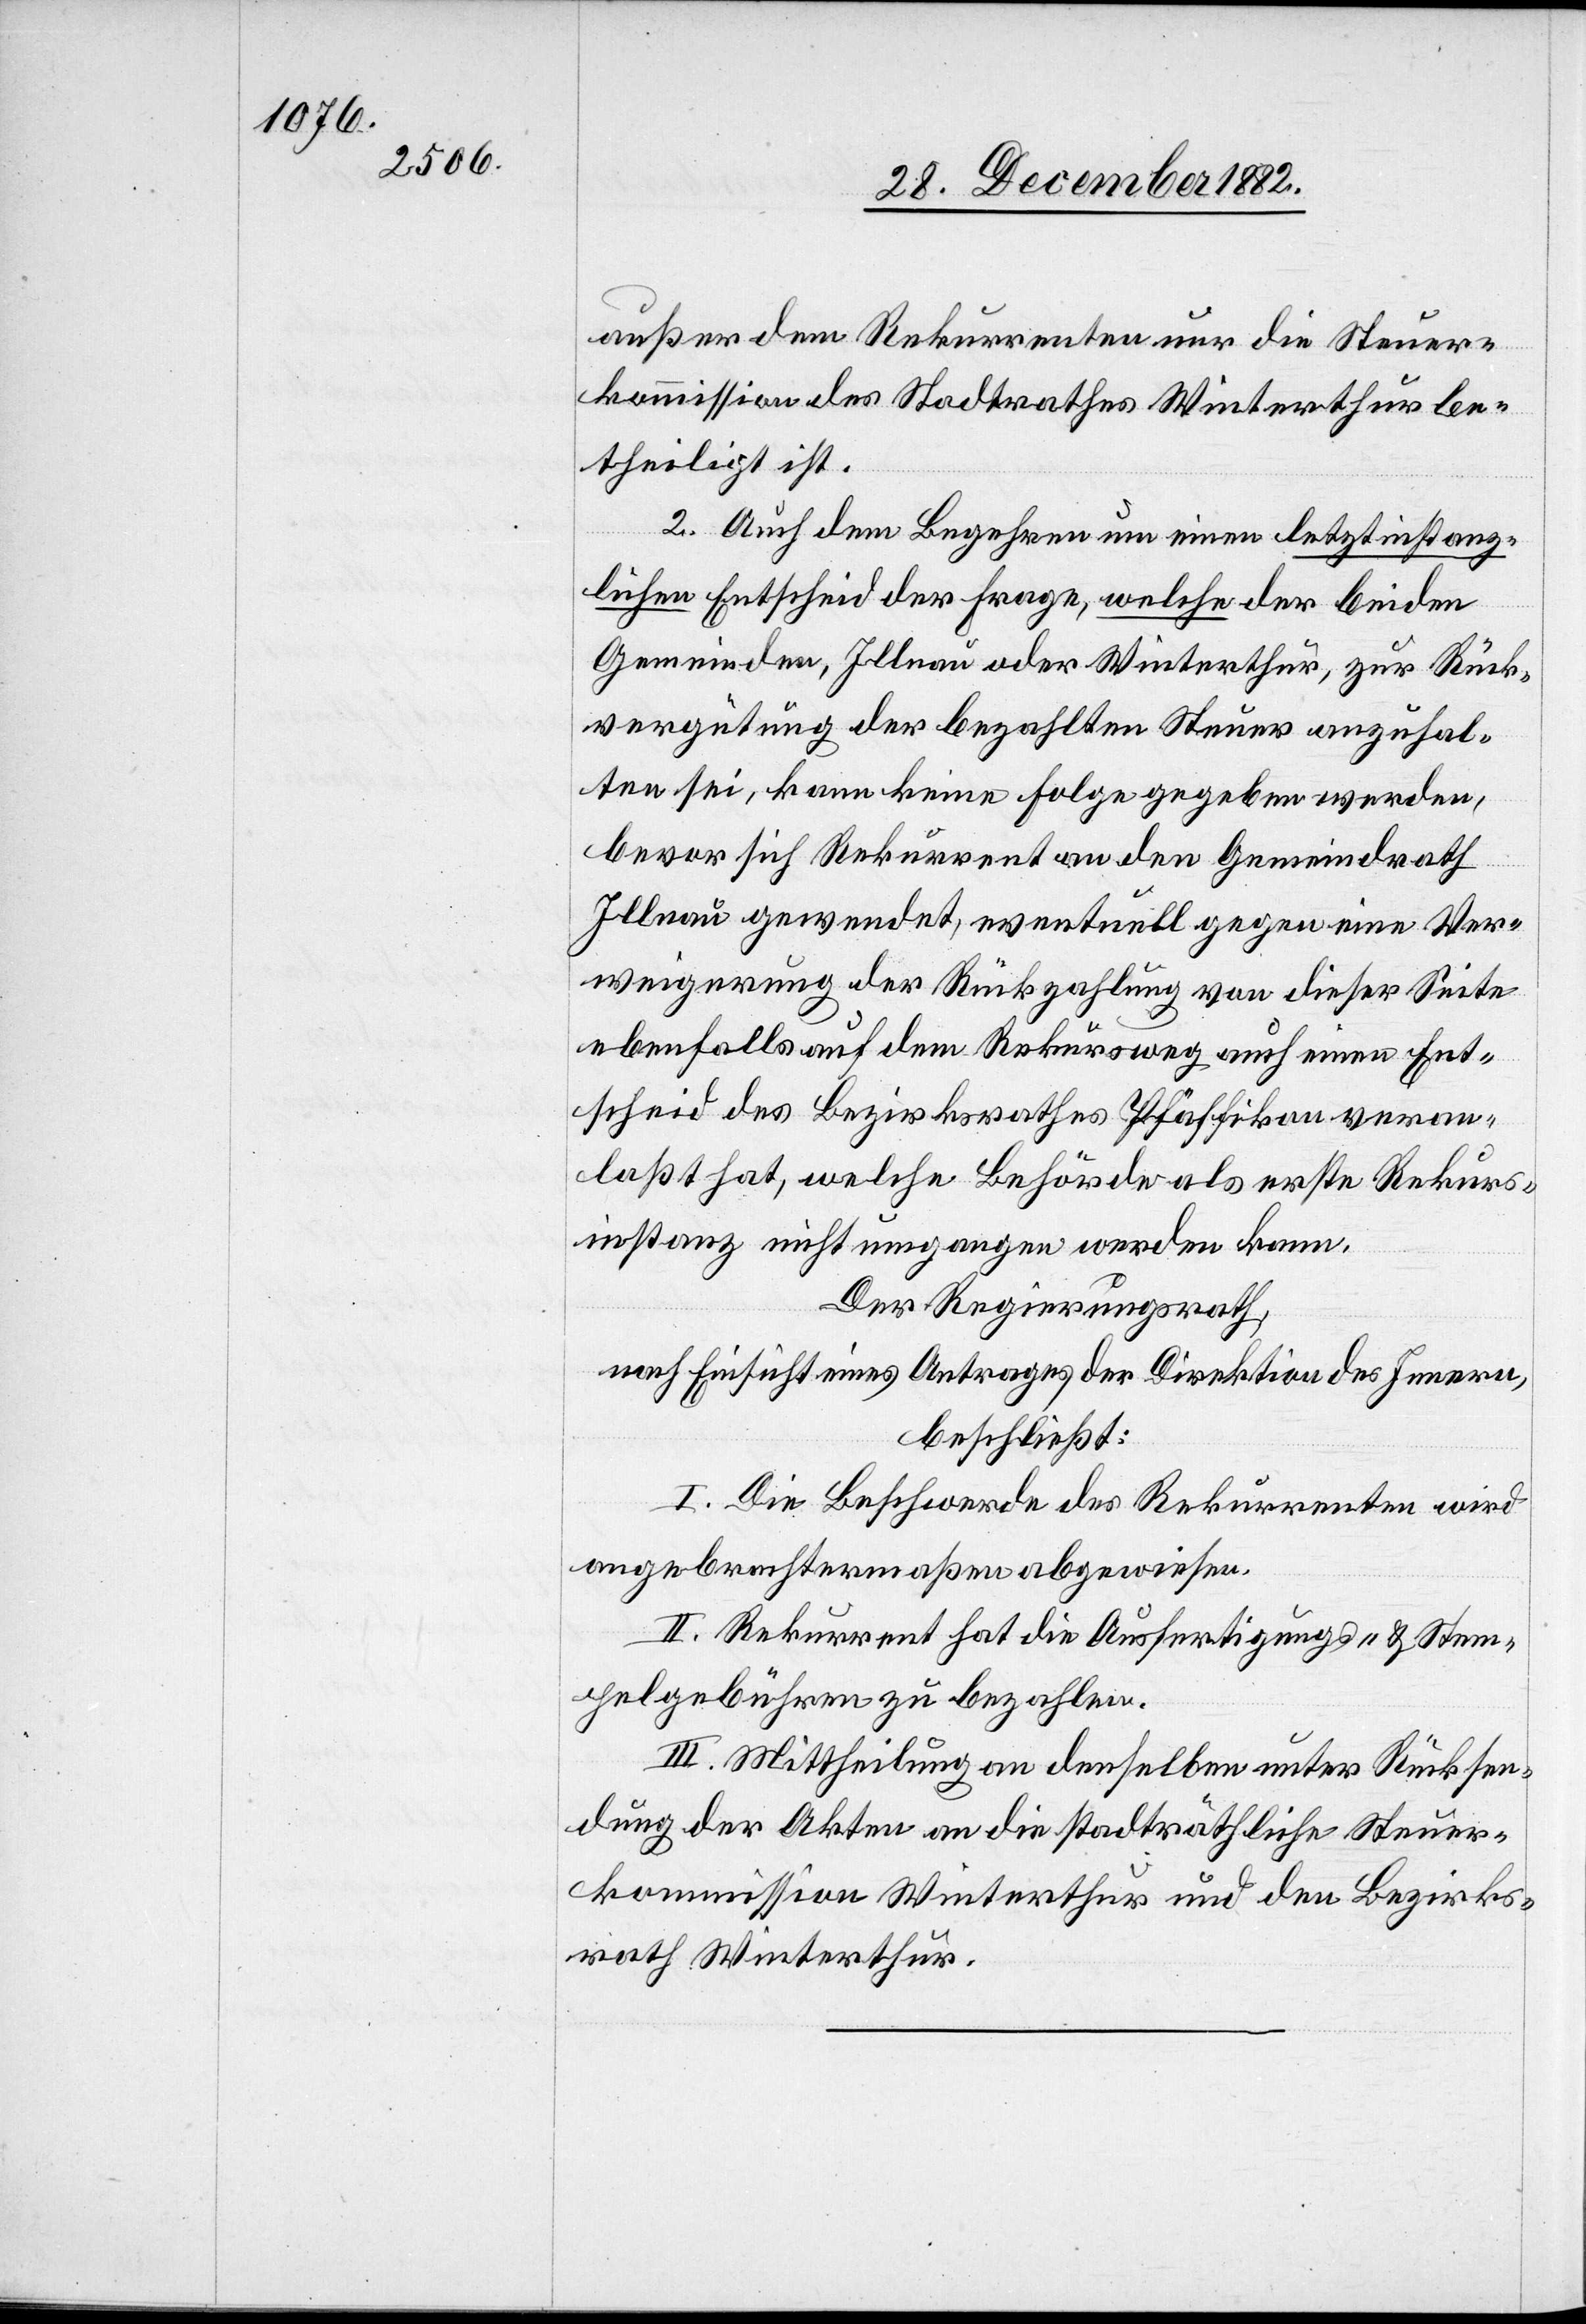
außer dem Rekurrenten nur die Steuer¬
kommission des Stadtrathes Winterthur be¬
theiligt ist.
2. Auch dem Begehren um einen letztinstanz¬
lichen Entscheid der Frage, welche der beiden
Gemeinden, Illnau oder Winterthur, zur Rück¬
vergütung der bezahlten Steuer anzuhal¬
ten sei, kann keine Folge gegeben werden,
bevor sich Rekurrent an den Gemeindrath
Illnau gewendet, eventuell gegen eine Ver¬
weigerung der Rückzahlung von dieser Seite
ebenfalls auf dem Rekursweg auch einen Ent¬
scheid es Bezirksrathes Pfäffikon veran¬
laßt hat, welche Behörde als erste Rekurs¬
instanz nicht umgangen werden kann.
Der Regierungsrath,
nach Einsicht eines Antrages der Direktion des Innern,
beschließt:
I. Die Beschwerde des Rekurrenten wird
angebrachtermaßen abgewiesen.
II. Rekurrent hat die Ausfertigungs- & Stem¬
pelgebühren zu bezahlen.
III. Mittheilung an denselben unter Rücksen¬
dung der Akten an die stadträthliche Steuer¬
kommission Winterthur und an den Bezirks¬
rath Winterthur.